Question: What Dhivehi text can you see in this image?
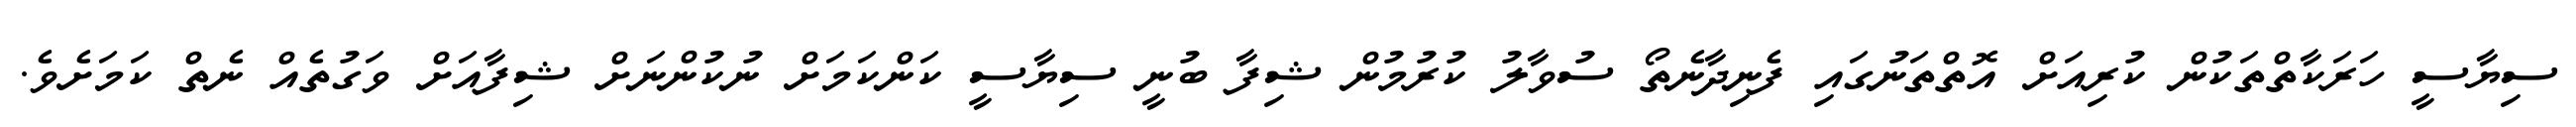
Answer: ސިޔާސީ ހަރަކާތްތަކުން ކުރިއަށް އޮތްތަނުގައި ފެނިދާނެތޯ ސުވާލު ކުރުމުން ޝިފާ ބުނީ ސިޔާސީ ކަންކަމަށް ނުކުންނަށް ޝިފާއަށް ވަގުތެއް ނެތް ކަމަށެވެ.